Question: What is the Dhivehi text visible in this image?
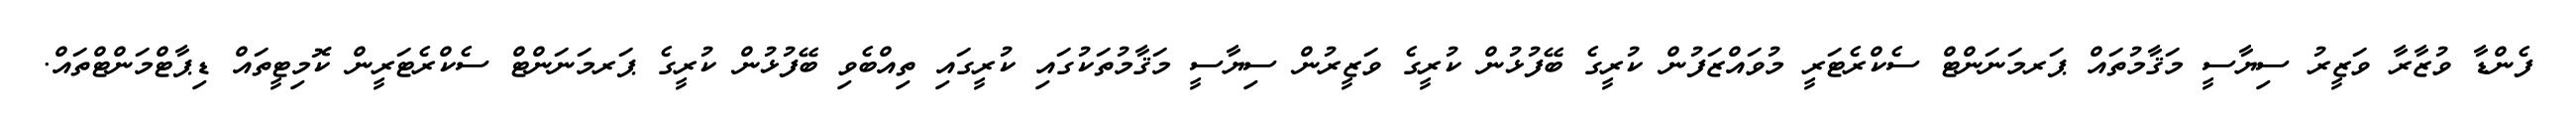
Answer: ފެންޑާ ވުޒާރާ ވަޒީރު ސިޔާސީ މަޤާމުތައް ޕަރމަނަންޓް ސެކްރެޓަރީ މުވައްޒަފުން ކުރީގެ ބޭފުޅުން ކުރީގެ ވަޒީރުން ސިޔާސީ މަޤާމުތަކުގައި ކުރީގައި ތިއްބެވި ބޭފުޅުން ކުރީގެ ޕަރމަނަންޓް ސެކްރެޓަރީން ކޮމިޓީތައް ޑިޕާޓްމަންޓްތައް.